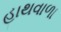
હાથવાળા